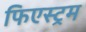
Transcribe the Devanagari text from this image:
फिएस्ट्रम